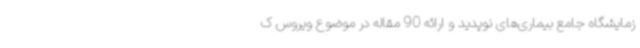
زمایشگاه جامع بیماری‌های نوپدید و ارائه 90 مقاله در موضوع ویروس ک